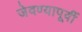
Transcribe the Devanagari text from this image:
जेवण्यापूर्वी